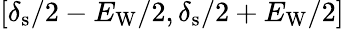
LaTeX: [\delta_{\mathrm{s}}/2-E_{\mathrm{W}}/2,\delta_{\mathrm{s}}/2+E_{\mathrm{W}}/2]